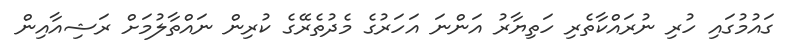
ގައުމުގައި ހުރި ނުރައްކާތެރި ހަތިޔާރު އަންނަ އަހަރުގެ މެދުތެރޭގެ ކުރިން ނައްތާލުމަށް ރަޝިއާއިން